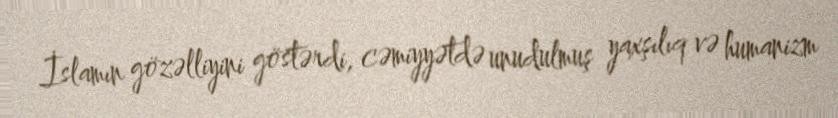
İslamın gözəlliyini göstərdi, cəmiyyətdə unudulmuş yaxşılıq və humanizm